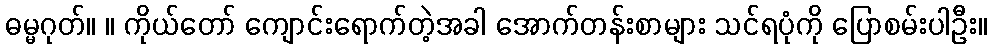
ဓမ္မဂုတ်။ ။ ကိုယ်တော် ကျောင်းရောက်တဲ့အခါ အောက်တန်းစာများ သင်ရပုံကို ပြောစမ်းပါဦး။